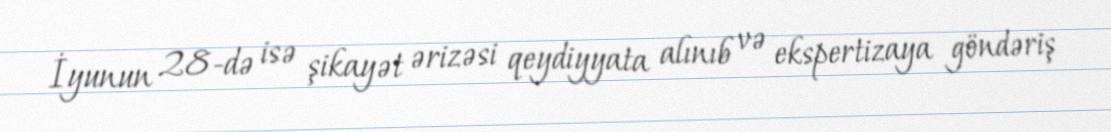
İyunun 28-də isə şikayət ərizəsi qeydiyyata alınıb və ekspertizaya göndəriş